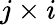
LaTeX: j\times i